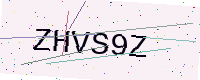
Text: ZHVS9Z